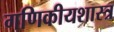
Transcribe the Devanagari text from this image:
गणिकीयशास्त्र